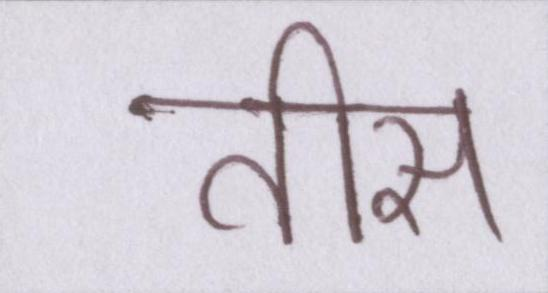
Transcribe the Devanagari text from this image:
तीस